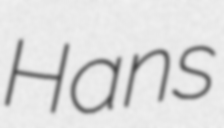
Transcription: Hans